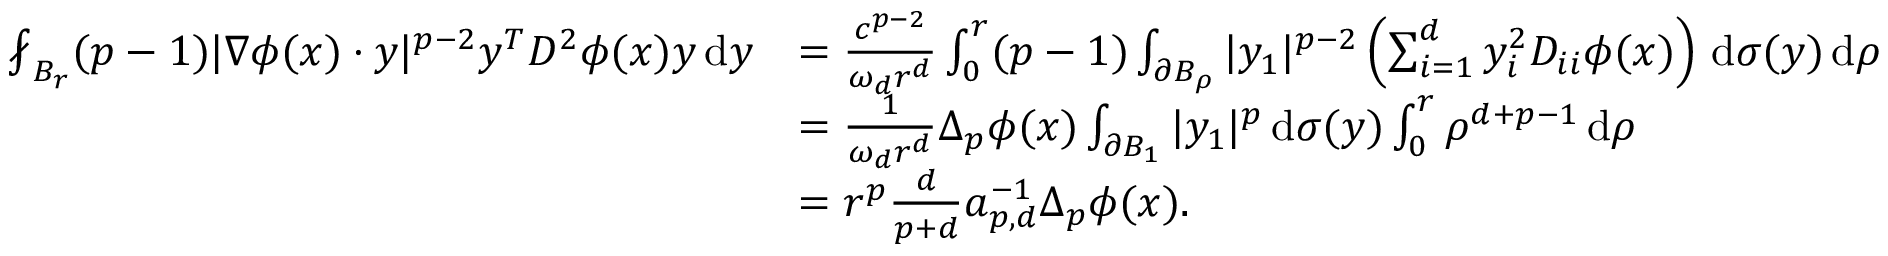
\begin{array} { r l } { \fint _ { B _ { r } } ( p - 1 ) | \nabla \phi ( x ) \cdot y | ^ { p - 2 } y ^ { T } D ^ { 2 } \phi ( x ) y \, \mathrm { d } y } & { = \frac { c ^ { p - 2 } } { \omega _ { d } r ^ { d } } \int _ { 0 } ^ { r } ( p - 1 ) \int _ { \partial B _ { \rho } } | y _ { 1 } | ^ { p - 2 } \left( \sum _ { i = 1 } ^ { d } y _ { i } ^ { 2 } D _ { i i } \phi ( x ) \right) \, \mathrm { d } \sigma ( y ) \, \mathrm { d } \rho } \\ & { = \frac { 1 } { \omega _ { d } r ^ { d } } \Delta _ { p } \phi ( x ) \int _ { \partial B _ { 1 } } | y _ { 1 } | ^ { p } \, \mathrm { d } \sigma ( y ) \int _ { 0 } ^ { r } \rho ^ { d + p - 1 } \, \mathrm { d } \rho } \\ & { = r ^ { p } \frac { d } { p + d } a _ { p , d } ^ { - 1 } \Delta _ { p } \phi ( x ) . } \end{array}